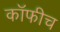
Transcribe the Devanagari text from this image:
कॉफीच